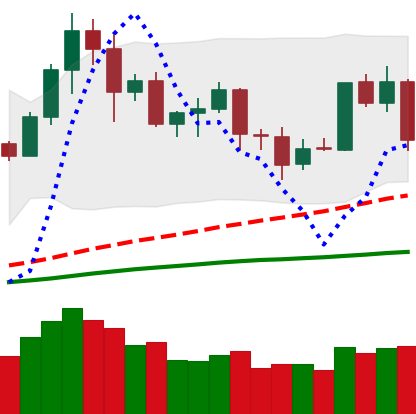
Ticker: LTC-USD
Chart end date: 2020-09-02
Forward return: -16.058%
Label: down_7plus